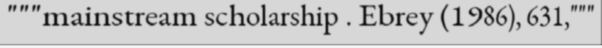
"""mainstream scholarship . Ebrey (1986), 631,"""